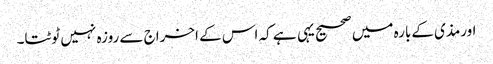
اورمذی کےبارہ میں صحیح یہی ہے کہ اس کے اخراج سے روزہ نہیں ٹوٹتا۔